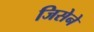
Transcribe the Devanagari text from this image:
जिसेने